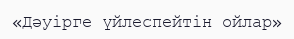
«Дәуірге үйлеспейтін ойлар»